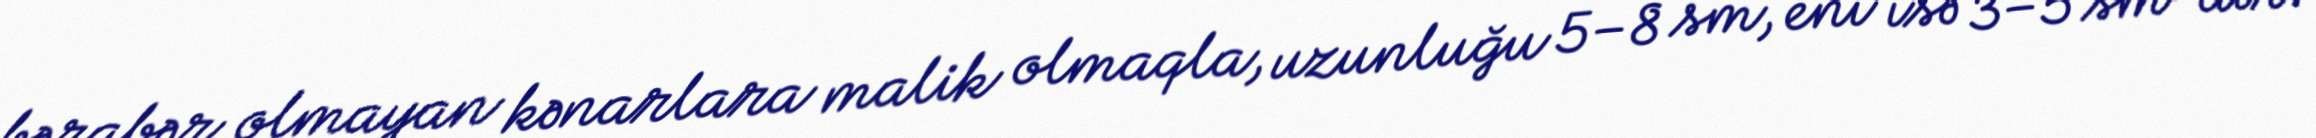
bərabər olmayan kənarlara malik olmaqla, uzunluğu 5–8 sm, eni isə 3–5 sm-dir.